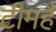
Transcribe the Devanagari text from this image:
टीमहै